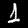
Label: 1